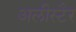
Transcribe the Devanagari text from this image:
अलीस्टैर